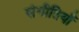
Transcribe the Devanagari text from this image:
संगीतियाँ